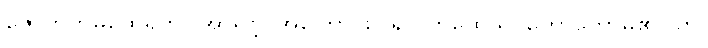
ဇောတိကမထေရ်ကို။ အာရဗ္ဘ၊ အကြောင်းပြု၍။ ကထေသိ၊ ဟောတော်မူ၏။ ဟိ၊